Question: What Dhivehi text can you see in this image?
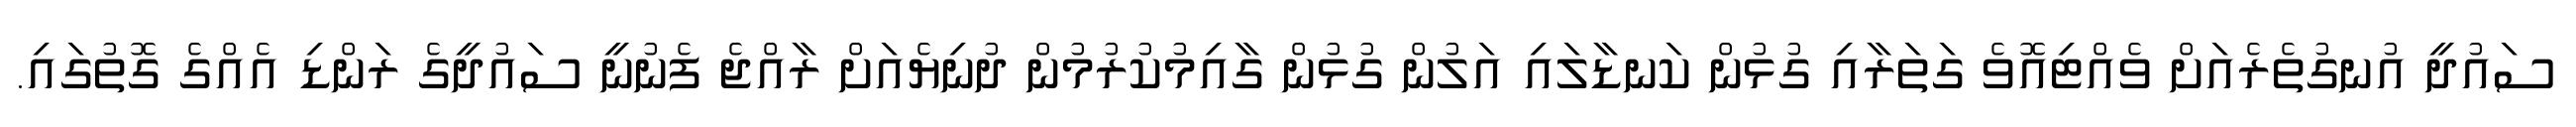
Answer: ސައުދީ އުނގުތެރެއަށް ވެއްޓިއޮވެ ގަތަރާއި ގުޅުން ކަނޑާލައި އަލުން ގުޅުން ގާއިމުކުރުމުން ދުނިޔެއަށް ރާއްޖެ ފެނުނީ ސައުދީގެ ރަންޑި އެއްގެ ގޮތުގައި.